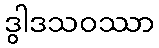
ဒွါဒသဝဿာ